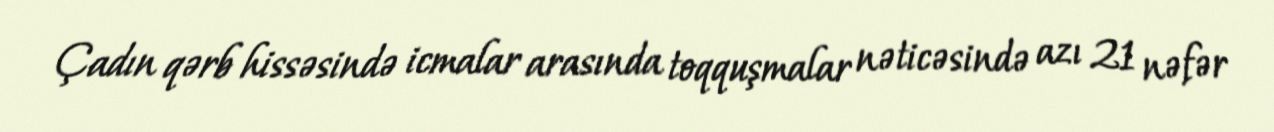
Çadın qərb hissəsində icmalar arasında toqquşmalar nəticəsində azı 21 nəfər